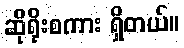
ဆိုရိုးစကား ရှိတယ်။